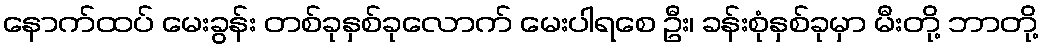
နောက်ထပ် မေးခွန်း တစ်ခုနှစ်ခုလောက် မေးပါရစေ ဦး၊ ခန်းစုံနှစ်ခုမှာ မီးတို့ ဘာတို့